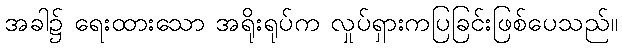
အခါ၌ ရေးထားသော အရိုးရုပ်က လှုပ်ရှားကပြခြင်းဖြစ်ပေသည်။